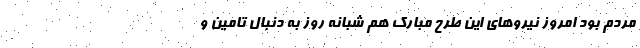
مردم بود امروز نیروهای این طرح مبارک هم شبانه روز به دنبال تامین و